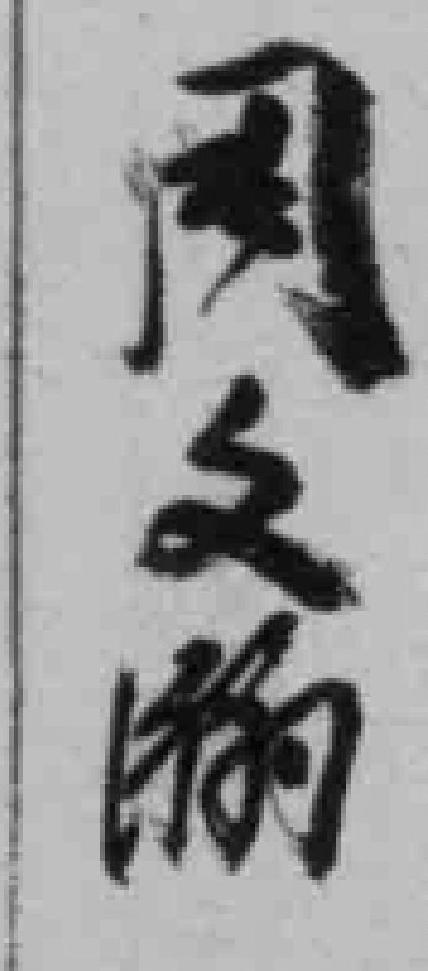
周文*